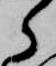
ら